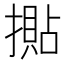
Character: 𢵚